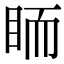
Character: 𥅡